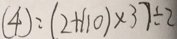
( 4 ) : ( 2 + 1 1 0 ) \times 3 7 \div 2